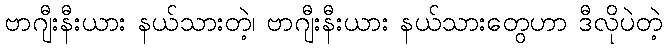
ဗာဂျီးနီးယား နယ်သားတဲ့၊ ဗာဂျီးနီးယား နယ်သားတွေဟာ ဒီလိုပဲတဲ့